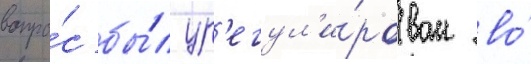
вопро́с бы́л ур'егул'и́рован во́